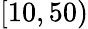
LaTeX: [10,50)